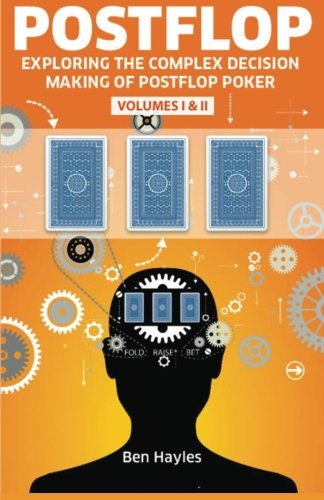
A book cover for Postflop Vol 1 & 2: The Edge You Need in No Limit Hold'em Poker; Ben Hayles; Humor & Entertainment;